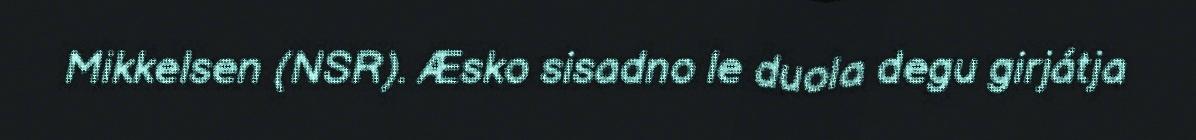
Mikkelsen (NSR). Æsko sisadno le duola degu girjátja